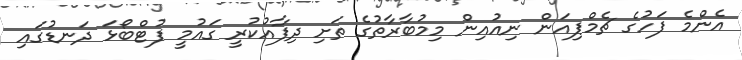
އެންމެ ފަހުގެ ޗެމްޕިއަން ނިއުއިން މިމުބާރާތުގެ ތަށި ދިފާއުކުރީ ގައުމީ ފުޓްބޯޅަ ދަނޑުގައި